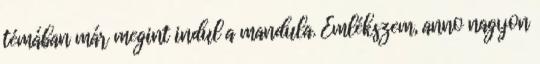
témában már megint indul a mandula. Emlékszem, anno nagyon